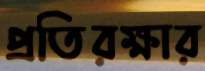
প্রতিরক্ষার